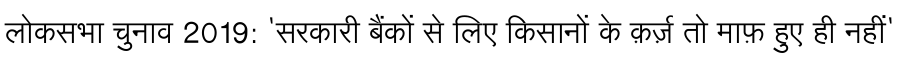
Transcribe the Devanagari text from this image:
लोकसभा चुनाव 2019: 'सरकारी बैंकों से लिए किसानों के क़र्ज़ तो माफ़ हुए ही नहीं'